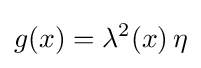
g(x)=\lambda ^{2}(x)\,\eta